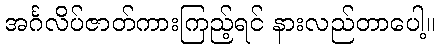
အင်္ဂလိပ်ဇာတ်ကားကြည့်ရင် နားလည်တာပေါ့။